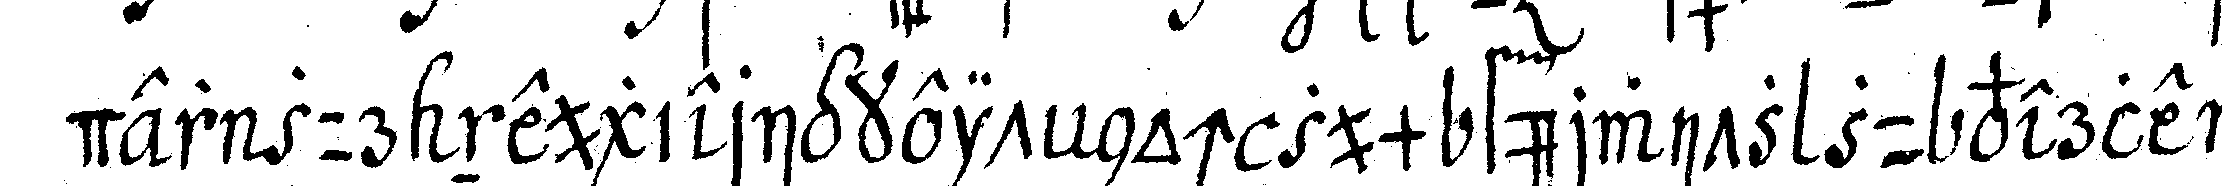
der zur neugierigkeit noch zum fürwitz zu verlei